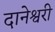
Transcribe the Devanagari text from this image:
दानेश्वरी